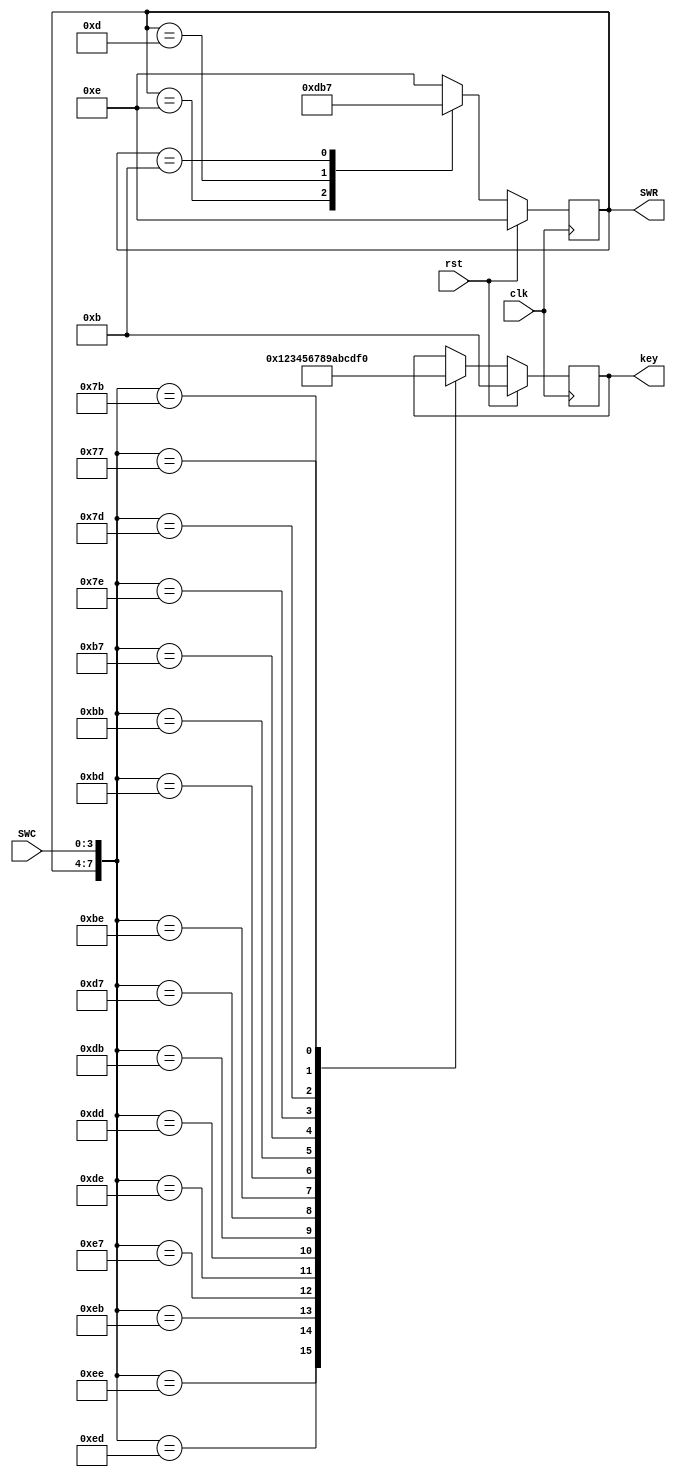
module scaner(clk,rst,SWC,SWR,key);
	input clk,rst;
	input [3:0]SWC;
	output [3:0]SWR,key;
	reg [3:0]key,SWR;
	always @(posedge clk)
	begin
	if(rst)
	begin
		SWR <= 4'b1110;
		key <= 4'd11;
	end
	else begin
		case(SWR)
		  4'b0111:SWR<=4'b1110;
		  4'b1110:SWR<=4'b1101;
		  4'b1101:SWR<=4'b1011;
		  4'b1011:SWR<=4'b0111;
		  default:SWR<=4'b1110;
		endcase
		case({SWR,SWC})
			8'b11101110: key<=4'b0000;
			8'b11101101: key<=4'b0001;
			8'b11101011: key<=4'b0010;
			8'b11100111: key<=4'b0011;
			8'b11011110: key<=4'b0100;
			8'b11011101: key<=4'b0101;
			8'b11011011: key<=4'b0110;
			8'b11010111: key<=4'b0111;
			8'b10111110: key<=4'b1000;
			8'b10111101: key<=4'b1001;
			8'b10111011: key<=4'b1010;
			8'b10110111: key<=4'b1011;
			8'b01111110: key<=4'b1100;
			8'b01111101: key<=4'b1101;
			8'b01111011: key<=4'b1110;
			8'b01110111: key<=4'b1111;
			default: key <= key;
		endcase
		end
	end
endmodule